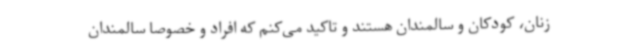
زنان، کودکان و سالمندان هستند و تاکید می‌کنم که افراد و خصوصا سالمندان